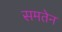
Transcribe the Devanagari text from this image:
समतेन